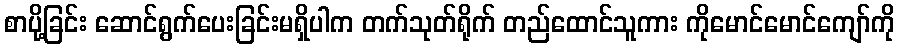
စာပို့ခြင်း ဆောင်ရွက်ပေးခြင်းမရှိပါက တက်သုတ်ရိုက် တည်ထောင်သူကား ကိုမောင်မောင်ကျော်ကို